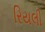
રિયલી